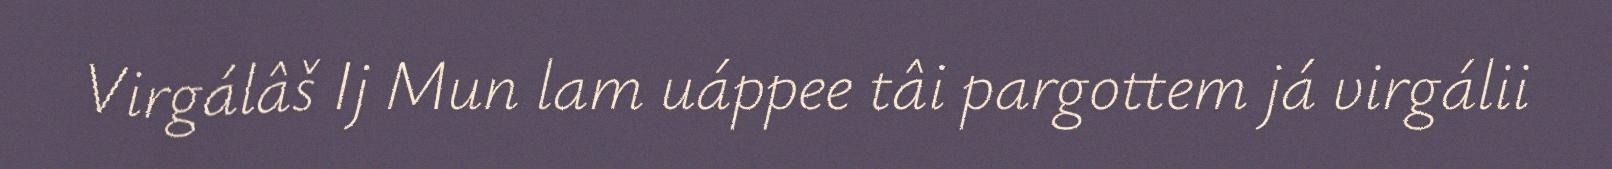
Virgálâš Ij Mun lam uáppee tâi pargottem já virgálii